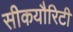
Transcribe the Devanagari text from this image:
सीकयौरिटी